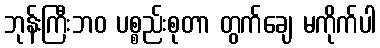
ဘုန်းကြီးဘဝ ပစ္စည်းစုတာ တွက်ချေ မကိုက်ပါ